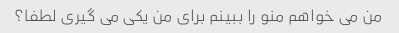
من می خواهم منو را ببینم برای من یکی می گیری لطفا؟